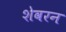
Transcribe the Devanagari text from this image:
शेवरन